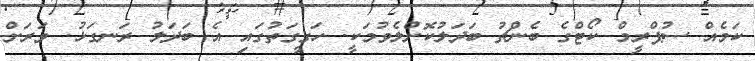
ކަމެއް ސުޕްރީމް ކޯޓްގެ ބެންޗު ބަދަލުކޮށްލެވުމަކީ. ހަގީގަތުގައި އެ ބަދަލު ރަނގަޅު. ވަރަށް